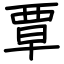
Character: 覃